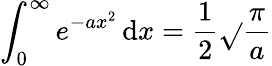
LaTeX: \int_{0}^{\infty}e^{-ax^{2}}\, \mathrm{d}x={\frac{{1}}{{2}}}{\sqrt{}{{\frac{{\pi}}{{a}}}}}